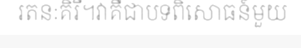
រតនៈគិរី។វាគឺជាបទពិសោធន៍មួយ